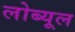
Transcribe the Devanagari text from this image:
लोब्यूल